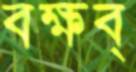
বক্ষব্